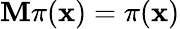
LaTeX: \mathbf{M}\pi(\mathbf{{x}})=\pi(\mathbf{{x}})